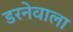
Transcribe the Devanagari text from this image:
डरनेवाला